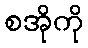
စအိုကို